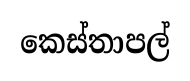
කෙස්තාපල්